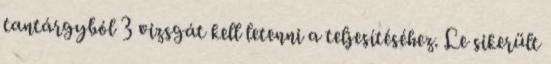
tantárgyból 3 vizsgát kell letenni a teljesítéséhez. Le sikerült